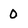
Character: 0